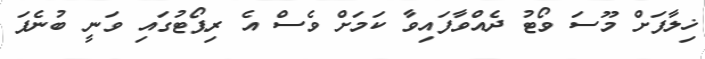
ޚިލާފަށް މޫސަ ވޯޓު ދެއްވާފައިވާ ކަމަށް ވެސް އެ ރިޕޯޓުގައި ވަނީ ބުނެފަ